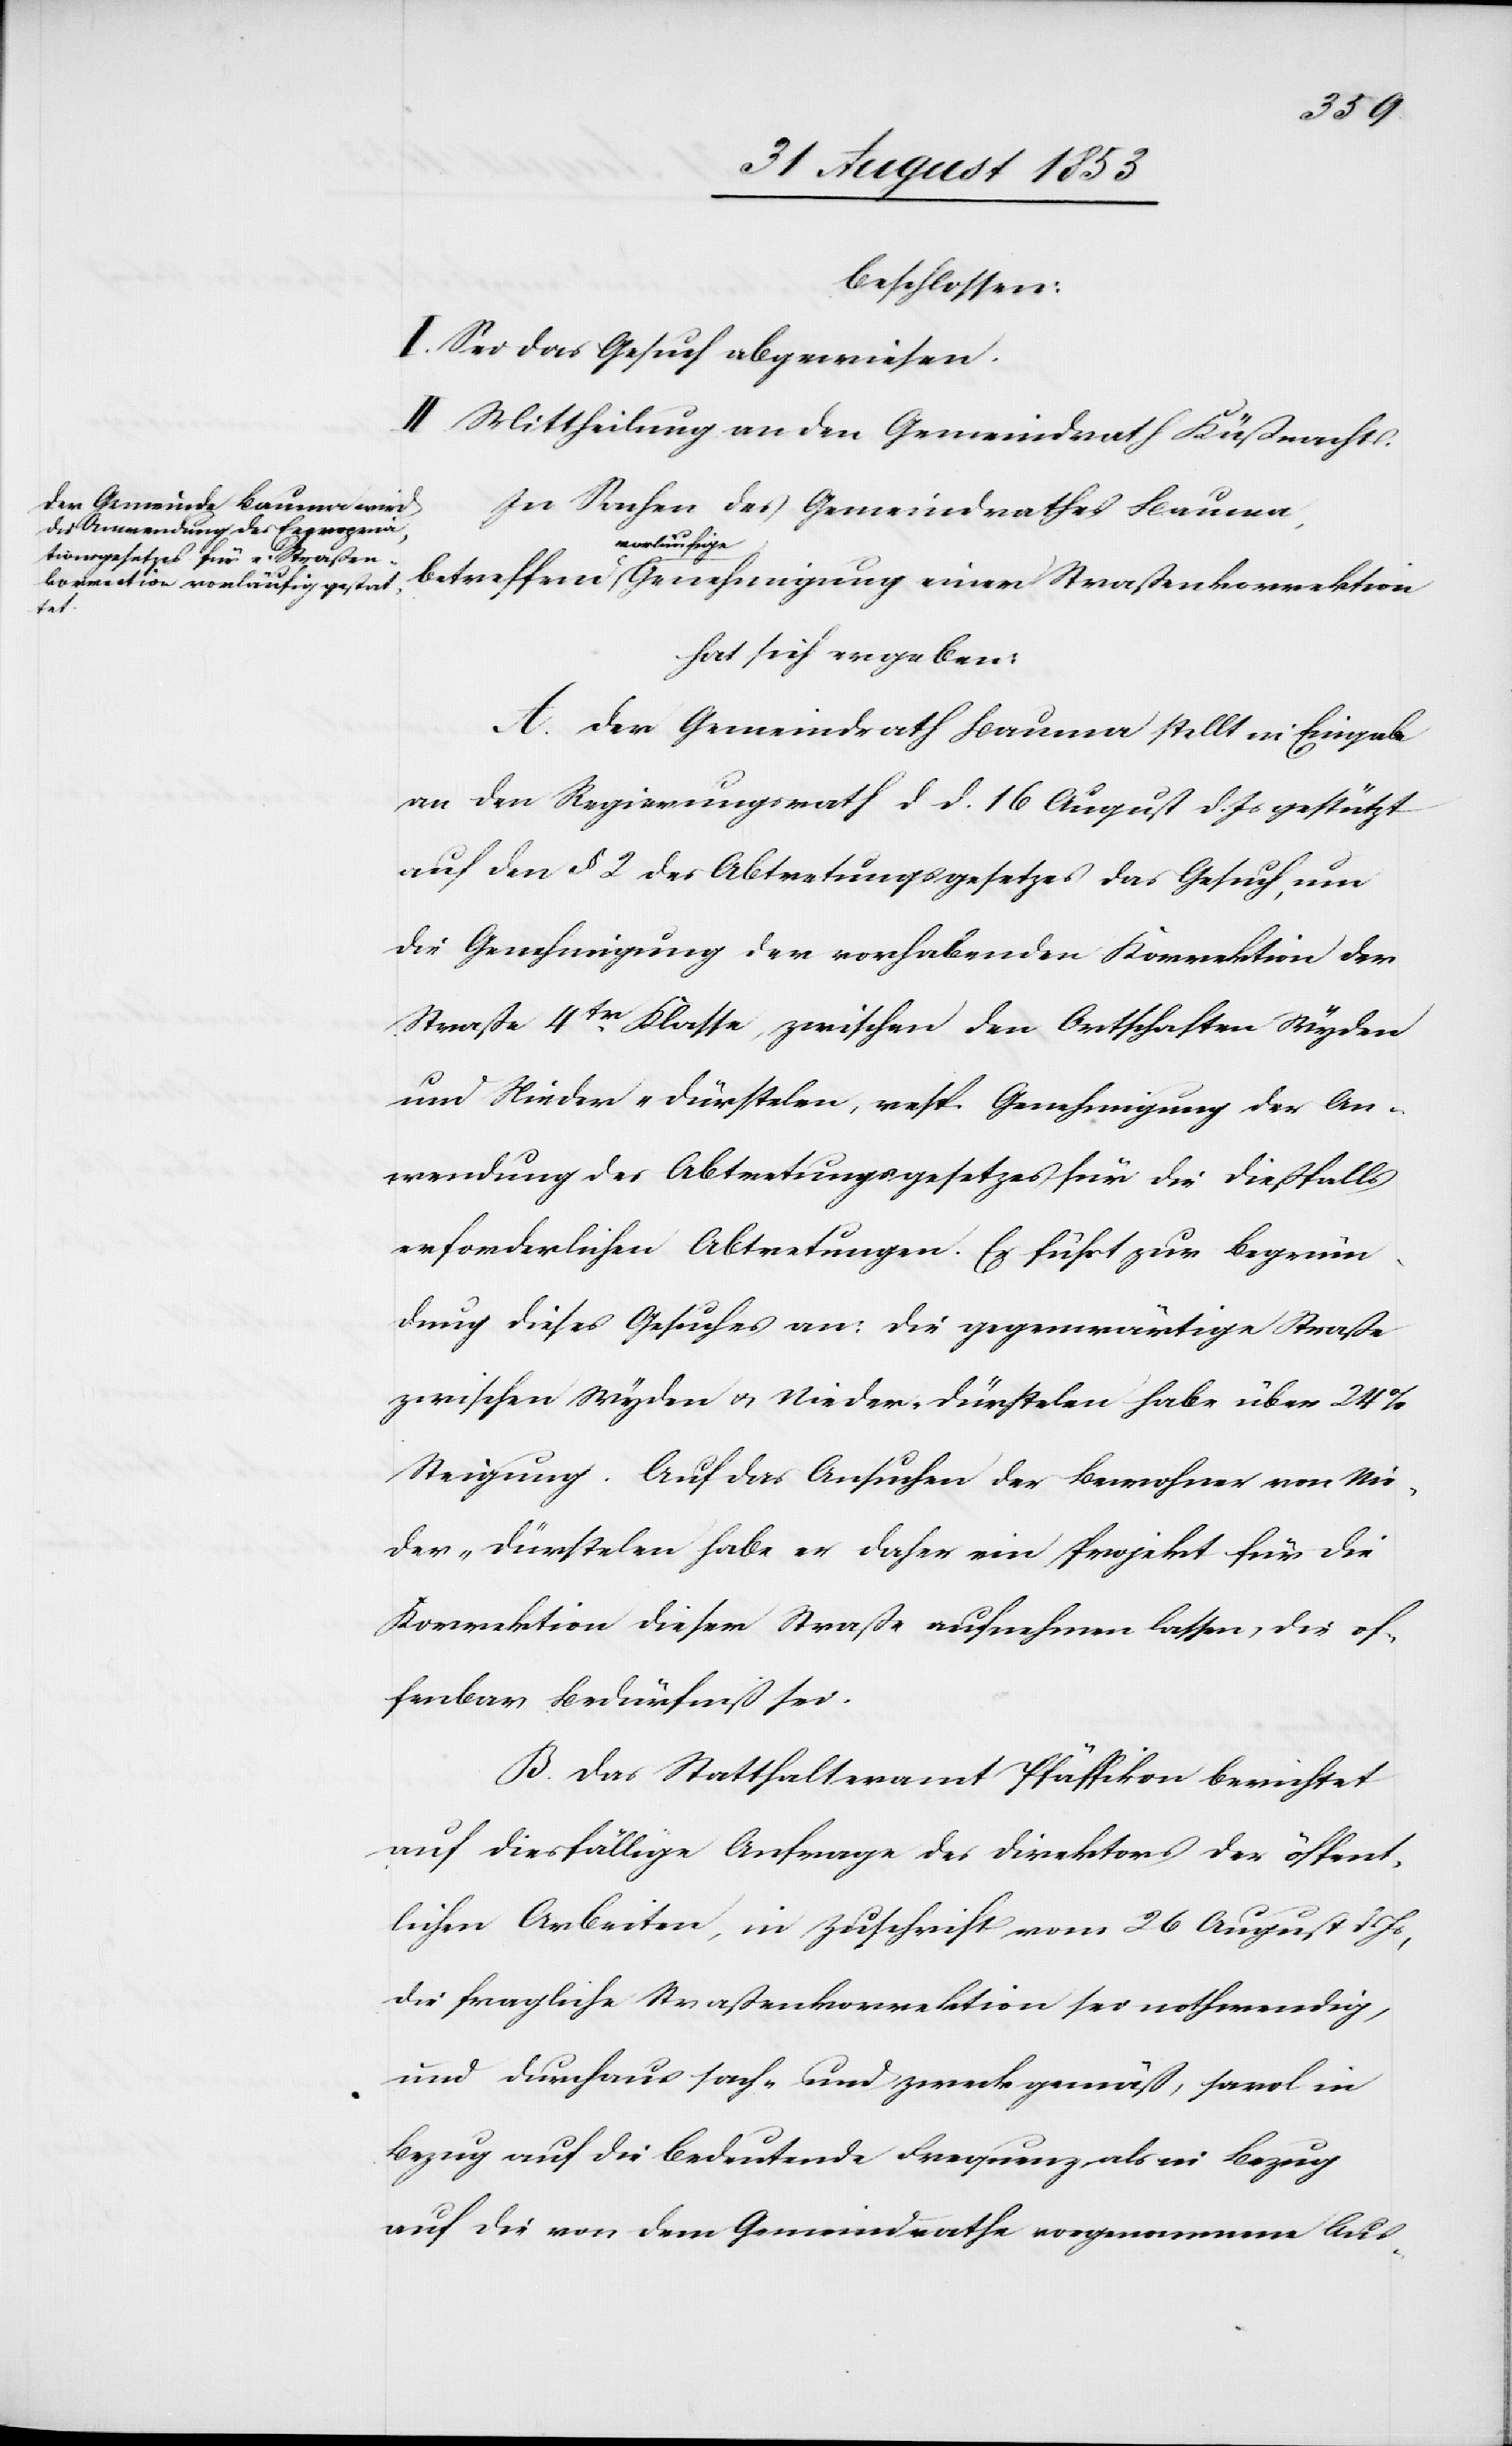
beschlossen:
I. Sei das Gesuch abgewiesen.
II. Mittheilung an den Gemeindrath Küßnacht.
In Sachen des Gemeindrathes Bauma,
vorläufige
hat sich ergeben:
A. Der Gemeindrath Bauma stellt in Eingabe
an den Regierungsrath d. d. 16 August d. Js. gestützt
auf den § 2 des Abtretungsgesetzes das Gesuch, um
die Genehmigung der vorhandenen Korrektion der
Straße 4tr Klasse, zwischen den Ortschaften Wyden
und Nieder-Dürstelen, resp. Genehmigung der An¬
wendung des Abtretungsgesetzes für die dießfalls
erforderlichen Abtretungen. Er führt zur Begrün¬
dung dieses Gesuches an: die gegenwärtige Straße
zwischen Wyden u. Nieder-Dürstelen habe über 24%
Steigung. Auf das Ansuchen der Bewohner von Nie¬
der-Dürstelen habe er daher ein Projekt für die
Korrektion dieser Straße aufnehmen lassen, die of¬
fenbar Bedürfniß sei.
B. Das Statthalteramt Pfäffikon berichtet
auf diesfällige Anfrage des Direktors der öffent¬
lichen Arbeiten, in Zuschrift vom 26 August d. Js.,
die fragliche Straßenkorrektion sei nothwendig,
und durchaus sach- und zweckgemäß, sowol in
Bezug auf die bedeutende Frequenz als in Bezug
auf die von dem Gemeindrathe vorgenommene Aus-